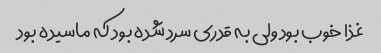
غذا خوب بود ولی به قدری سرد شده بود که ماسیده بود